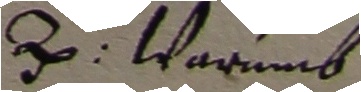
2. Warumb